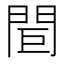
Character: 𨳽